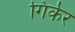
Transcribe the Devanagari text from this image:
गिर्कर